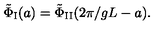
\tilde { \Phi } _ { \mathrm { I } } ( a ) = \tilde { \Phi } _ { \mathrm { I I } } ( 2 \pi / g L - a ) .